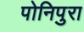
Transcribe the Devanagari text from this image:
पोनिपुरा